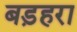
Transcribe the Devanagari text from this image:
बड़हरा